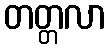
တတ္တလာ